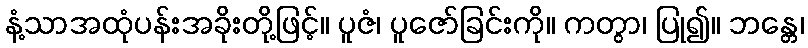
နံ့သာအထုံပန်းအခိုးတို့ဖြင့်။ ပူဇံ၊ ပူဇော်ခြင်းကို။ ကတွာ၊ ပြု၍။ ဘန္တေ၊